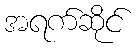
အရက်ဆိုင်